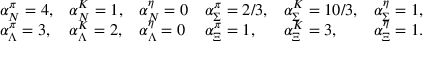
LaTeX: \begin{array} { l l l l l l } { { \alpha _ { N } ^ { \pi } = 4 , } } & { { \alpha _ { N } ^ { K } = 1 , } } & { { \alpha _ { N } ^ { \eta } = 0 } } & { { \alpha _ { \Sigma } ^ { \pi } = 2 / 3 , } } & { { \alpha _ { \Sigma } ^ { K } = 1 0 / 3 , } } & { { \alpha _ { \Sigma } ^ { \eta } = 1 , } } \\ { { \alpha _ { \Lambda } ^ { \pi } = 3 , } } & { { \alpha _ { \Lambda } ^ { K } = 2 , } } & { { \alpha _ { \Lambda } ^ { \eta } = 0 } } & { { \alpha _ { \Xi } ^ { \pi } = 1 , } } & { { \alpha _ { \Xi } ^ { K } = 3 , } } & { { \alpha _ { \Xi } ^ { \eta } = 1 . } } \end{array}